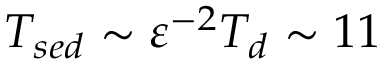
T _ { s e d } \sim { \varepsilon } ^ { - 2 } T _ { d } \sim 1 1